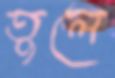
তুলে